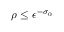
\rho \le \epsilon ^ { - \sigma _ { 0 } }